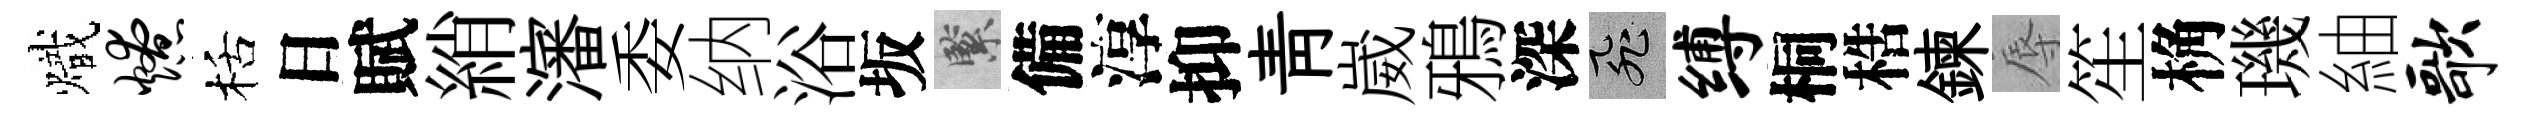
熾燎栝日賦綃瀋委纳浴坂緊備淳抑靑崴鴉深飛缚桐梏鍊辱笙桷璣紬歌